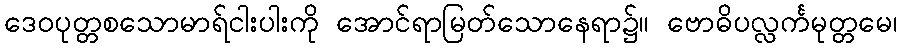
ဒေဝပုတ္တစသောမာရ်ငါးပါးကို အောင်ရာမြတ်သောနေရာ၌။ ဗောဓိပလ္လင်္ကမုတ္တမေ၊